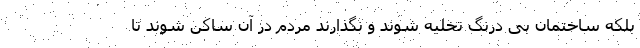
بلکه ساختمان بی درنگ تخلیه شوند و نگذارند مردم در آن ساکن شوند تا